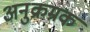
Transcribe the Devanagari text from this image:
अनुक्रम्रक